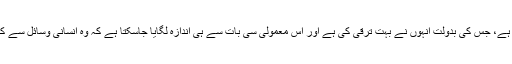
یہ وسائل کا بہترین استعمال ہے، جس کی بدولت انہوں نے بہت ترقی کی ہے اور اس معمولی سی بات سے ہی اندازہ لگایا جاسکتا ہے کہ وہ انسانی وسائل سے کس طرح کام لیتے ہوں گے؟